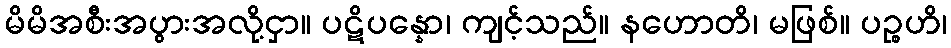
မိမိအစီးအပွားအလို့ငှာ။ ပဋိပန္နော၊ ကျင့်သည်။ နဟောတိ၊ မဖြစ်။ ပဉ္စဟိ၊